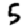
Digit: 5